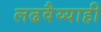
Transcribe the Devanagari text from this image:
लढवैय्याही